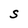
Character: S